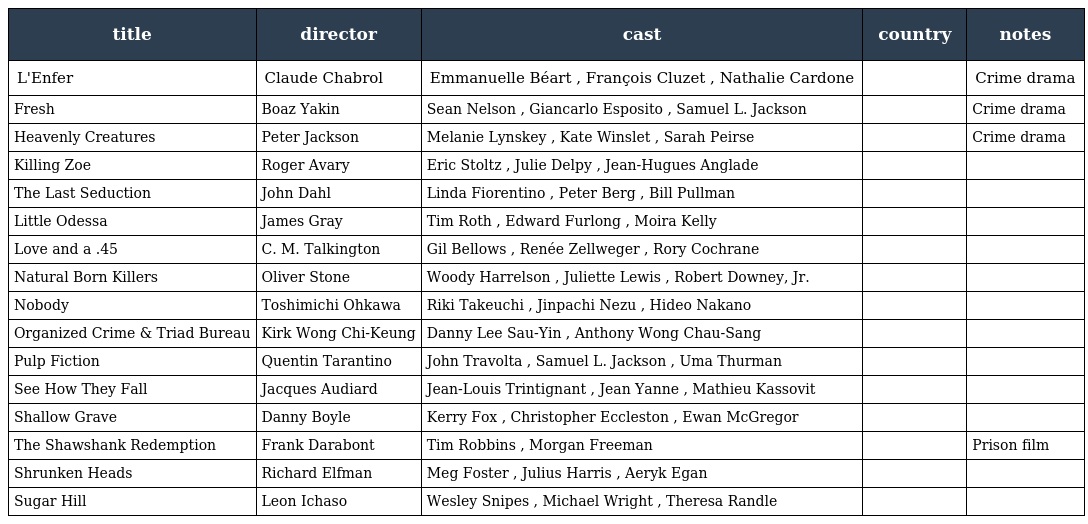
| title | director | cast | country | notes |
 | --- | --- | --- | --- | --- |
 | L'Enfer | Claude Chabrol | Emmanuelle Béart , François Cluzet , Nathalie Cardone |  | Crime drama |
 | Fresh | Boaz Yakin | Sean Nelson , Giancarlo Esposito , Samuel L. Jackson |  | Crime drama |
 | Heavenly Creatures | Peter Jackson | Melanie Lynskey , Kate Winslet , Sarah Peirse |  | Crime drama |
 | Killing Zoe | Roger Avary | Eric Stoltz , Julie Delpy , Jean-Hugues Anglade |  |  |
 | The Last Seduction | John Dahl | Linda Fiorentino , Peter Berg , Bill Pullman |  |  |
 | Little Odessa | James Gray | Tim Roth , Edward Furlong , Moira Kelly |  |  |
 | Love and a .45 | C. M. Talkington | Gil Bellows , Renée Zellweger , Rory Cochrane |  |  |
 | Natural Born Killers | Oliver Stone | Woody Harrelson , Juliette Lewis , Robert Downey, Jr. |  |  |
 | Nobody | Toshimichi Ohkawa | Riki Takeuchi , Jinpachi Nezu , Hideo Nakano |  |  |
 | Organized Crime & Triad Bureau | Kirk Wong Chi-Keung | Danny Lee Sau-Yin , Anthony Wong Chau-Sang |  |  |
 | Pulp Fiction | Quentin Tarantino | John Travolta , Samuel L. Jackson , Uma Thurman |  |  |
 | See How They Fall | Jacques Audiard | Jean-Louis Trintignant , Jean Yanne , Mathieu Kassovit |  |  |
 | Shallow Grave | Danny Boyle | Kerry Fox , Christopher Eccleston , Ewan McGregor |  |  |
 | The Shawshank Redemption | Frank Darabont | Tim Robbins , Morgan Freeman |  | Prison film |
 | Shrunken Heads | Richard Elfman | Meg Foster , Julius Harris , Aeryk Egan |  |  |
 | Sugar Hill | Leon Ichaso | Wesley Snipes , Michael Wright , Theresa Randle |  |  |